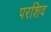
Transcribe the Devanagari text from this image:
परशिव